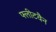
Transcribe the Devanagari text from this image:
फ्लीटवैन